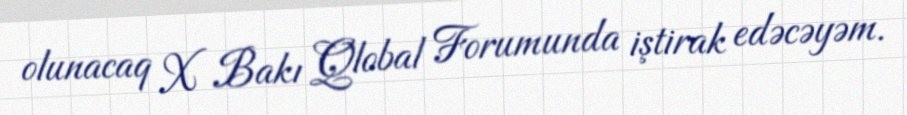
olunacaq X Bakı Qlobal Forumunda iştirak edəcəyəm.